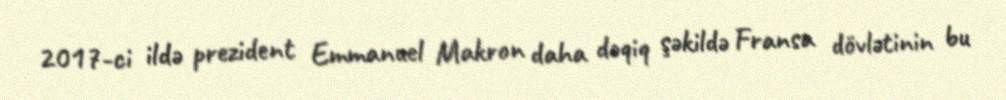
2017-ci ildə prezident Emmanuel Makron daha dəqiq şəkildə Fransa dövlətinin bu